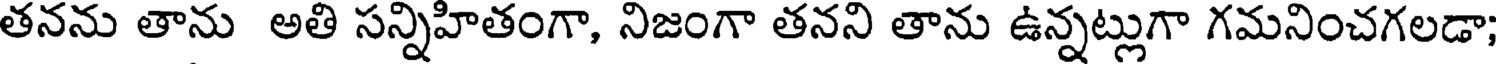
తనను తాను అతి సన్నిహితంగా, నిజంగా తనని తాను ఉన్నట్లుగా గమనించగలడా